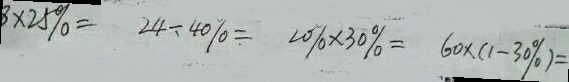
3 \times 2 5 \% = 2 4 \div 4 0 \% = 2 0 \% \times 3 0 \% = 6 0 \times ( 1 - 3 0 \% ) =